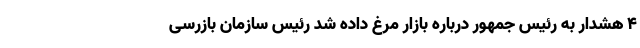
۴ هشدار به رئیس جمهور درباره بازار مرغ داده شد رئیس سازمان بازرسی